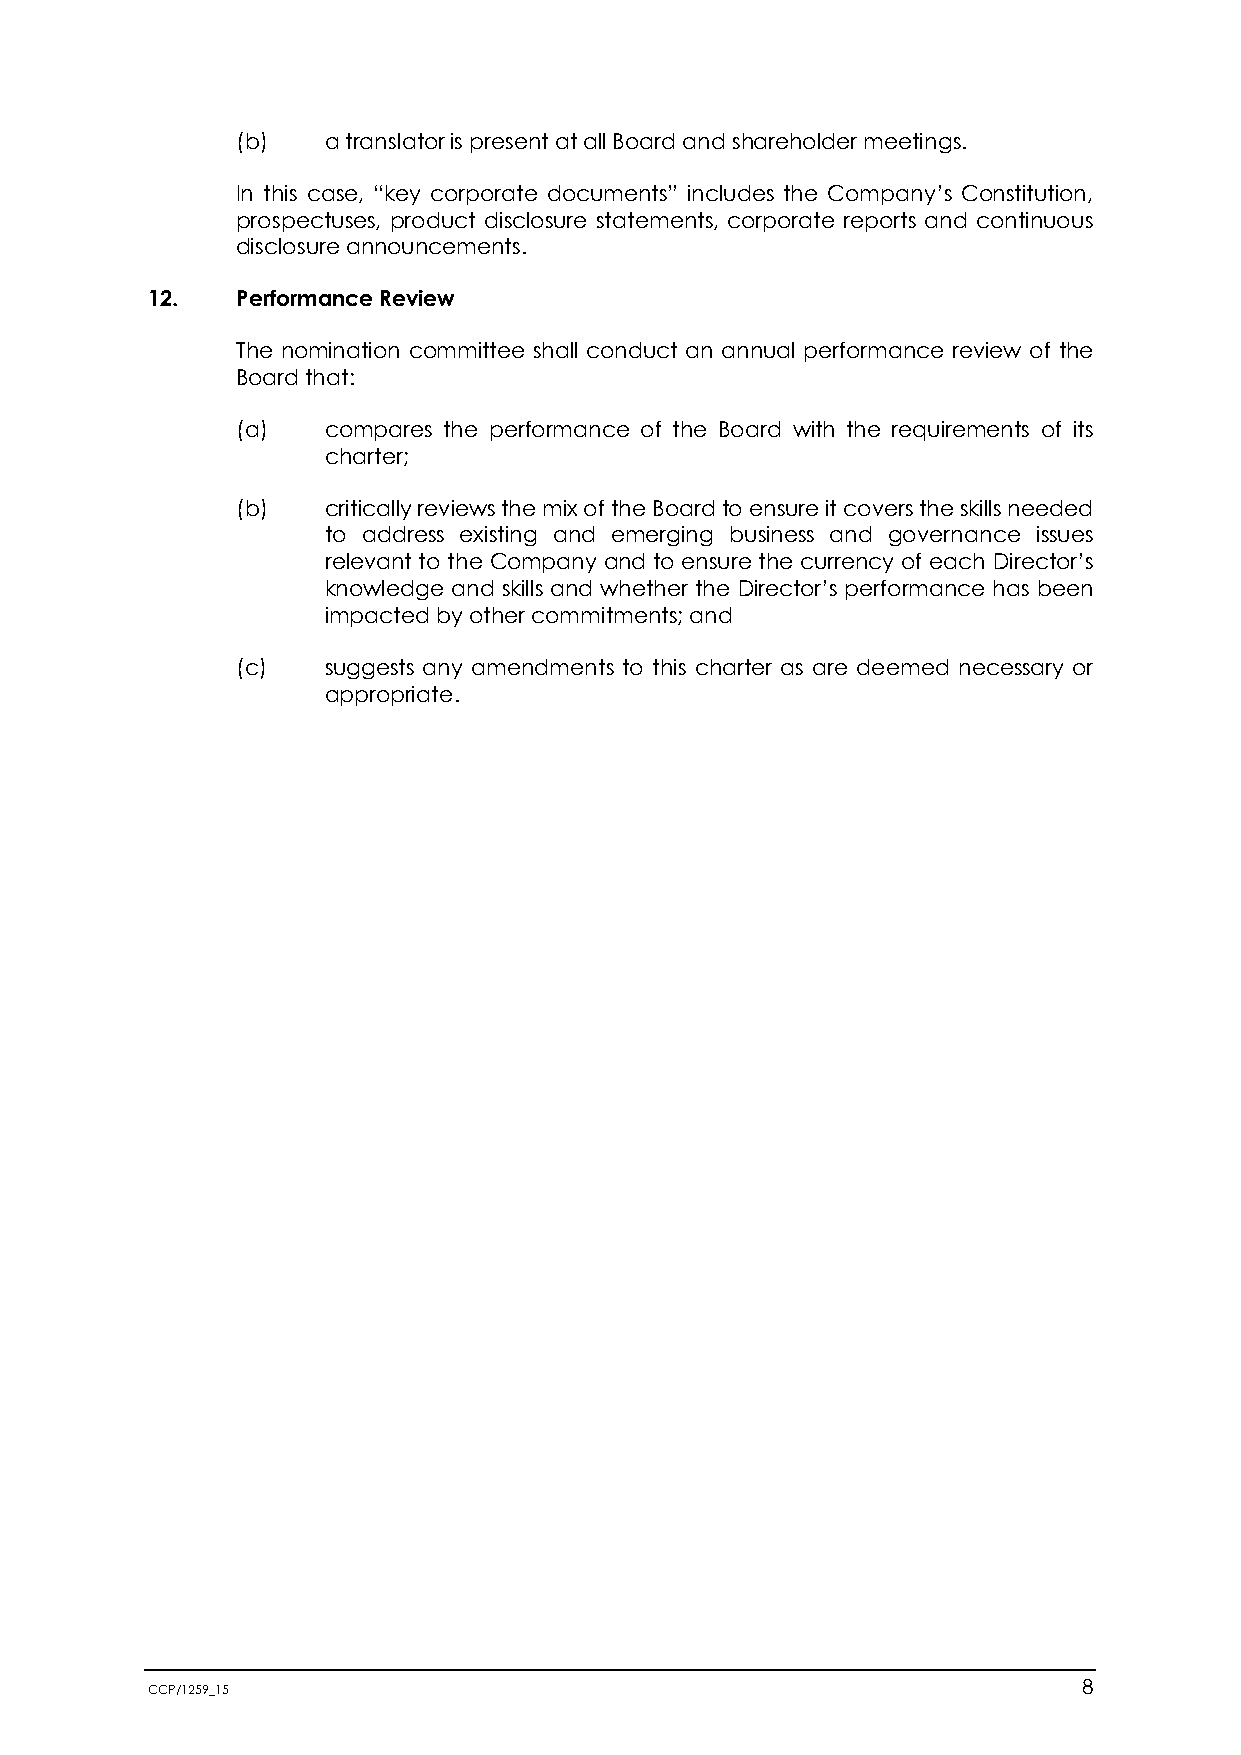
(b)   a translator is present at all Board and shareholder meetings.
 In this case, “key corporate documents” includes the Company’s Constitution,
 prospectuses, product disclosure statements, corporate reports and continuous
 disclosure announcements.
 12.   Performance Review
 The nomination committee shall conduct an annual performance review of the
 Board that:
 (a)   compares the performance of the Board with the requirements of its
 charter;
 (b)   critically reviews the mix of the Board to ensure it covers the skills needed
 to address existing and emerging business and governance issues
 relevant to the Company and to ensure the currency of each Director’s
 knowledge and skills and whether the Director’s performance has been
 impacted by other commitments; and
 (c)   suggests any amendments to this charter as are deemed necessary or
 appropriate.
 CCP/1259_15                                                   8